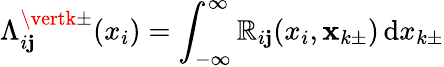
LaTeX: \Lambda_{i\mathbf{j}}^{\vertk\pm}(x_{i})=\int_{-\infty}^{\infty}\mathbb{R}_{i\mathbf{j}}(x_{i},\textbf{{x}}_{k\pm})\, \mathrm{{d}}x_{k\pm}